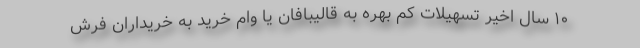
١٠ سال اخیر تسهیلات کم بهره به قالیبافان یا وام خرید به خریداران فرش